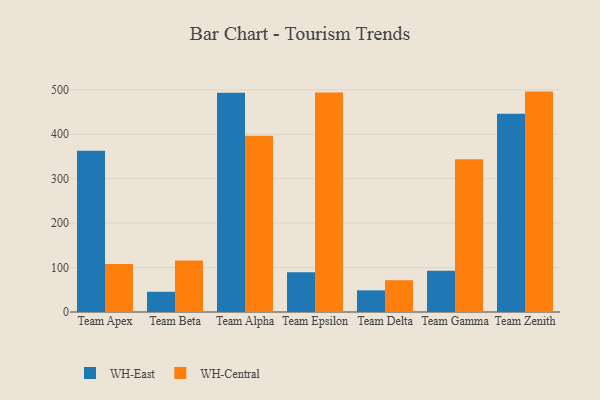
{"axis": {"x": "Team", "y": "Page Views"}, "legend": ["WH-Central", "WH-East"], "data": [{"x": "Team Apex", "y": 363.1, "type": "WH-East"}, {"x": "Team Apex", "y": 108.2, "type": "WH-Central"}, {"x": "Team Beta", "y": 45.5, "type": "WH-East"}, {"x": "Team Beta", "y": 115.9, "type": "WH-Central"}, {"x": "Team Alpha", "y": 493.3, "type": "WH-East"}, {"x": "Team Alpha", "y": 396.8, "type": "WH-Central"}, {"x": "Team Epsilon", "y": 89.5, "type": "WH-East"}, {"x": "Team Epsilon", "y": 493.7, "type": "WH-Central"}, {"x": "Team Delta", "y": 48.7, "type": "WH-East"}, {"x": "Team Delta", "y": 71.6, "type": "WH-Central"}, {"x": "Team Gamma", "y": 93.0, "type": "WH-East"}, {"x": "Team Gamma", "y": 343.9, "type": "WH-Central"}, {"x": "Team Zenith", "y": 446.2, "type": "WH-East"}, {"x": "Team Zenith", "y": 496.0, "type": "WH-Central"}]}